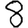
Digit: 8